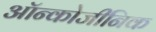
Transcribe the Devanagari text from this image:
ऑन्कोजीनिक